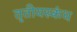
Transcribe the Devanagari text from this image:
तृतीयस्कंध